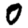
Digit: 0